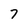
Character: 7